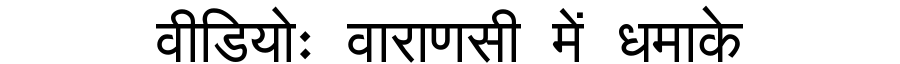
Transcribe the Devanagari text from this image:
वीडियोः वाराणसी में धमाके